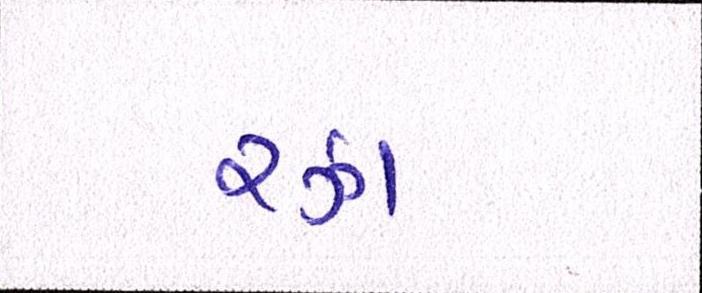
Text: રઝા